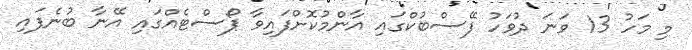
މި މަހު 13 ވަނަ ދުވަހު ފޭސްބުކްގައި އާންމުކޮށްފައިވާ ޕޯސްޓެއްގައި އޭނާ ބުނެފައި